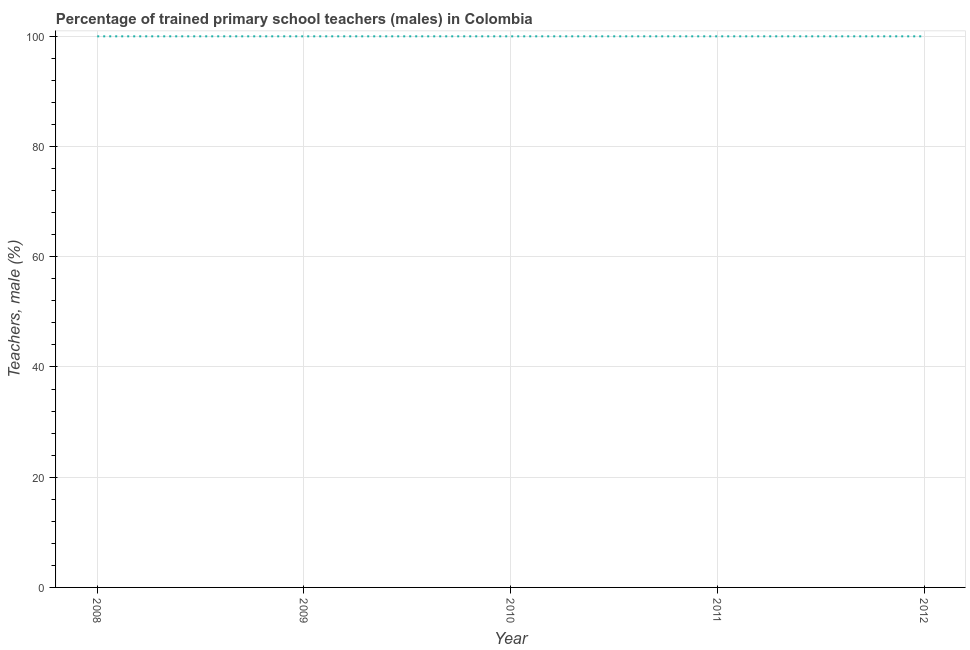
| Year | Trained teachers male |
 | --- | --- |
 | 2008 | 100 |
 | 2009 | 100 |
 | 2010 | 100 |
 | 2011 | 100 |
 | 2012 | 100 |